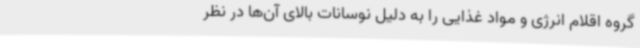
گروه اقلام انرژی و مواد غذایی را به دلیل نوسانات بالای آن‌ها در نظر